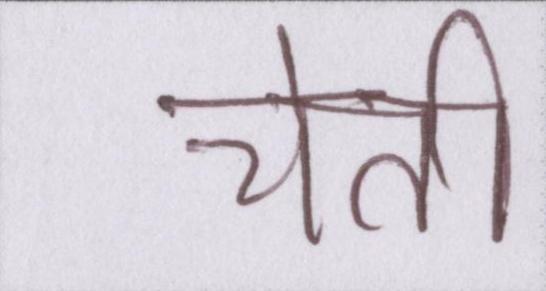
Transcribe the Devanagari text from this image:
चेती